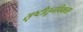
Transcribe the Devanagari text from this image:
सृष्टीतूनविकास